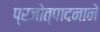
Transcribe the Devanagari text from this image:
प्रजोत्पादनाने